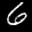
Label: 6